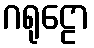
ဂရုဠော